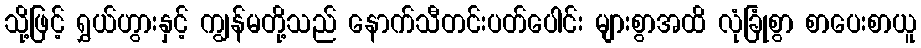
သို့ဖြင့် ရွှယ်ဟွားနှင့် ကျွန်မတို့သည် နောက်သီတင်းပတ်ပေါင်း များစွာအထိ လုံခြုံစွာ စာပေးစာယူ